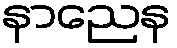
နာညေန